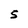
Character: S